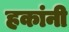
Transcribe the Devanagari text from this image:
हकांनी